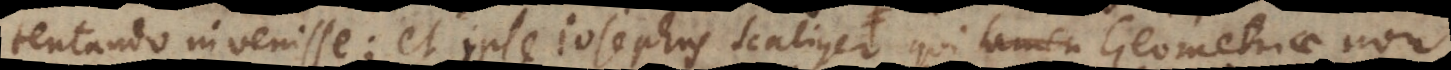
tentando invenisse; et ipse Josephus Scaliger, vir in literis